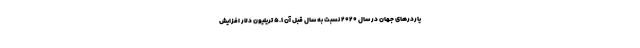
یاردرهای جهان در سال ۲۰۲۰ نسبت به سال قبل آن ۵.۱ تریلیون دلار افزایش